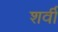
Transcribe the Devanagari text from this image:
शर्वी